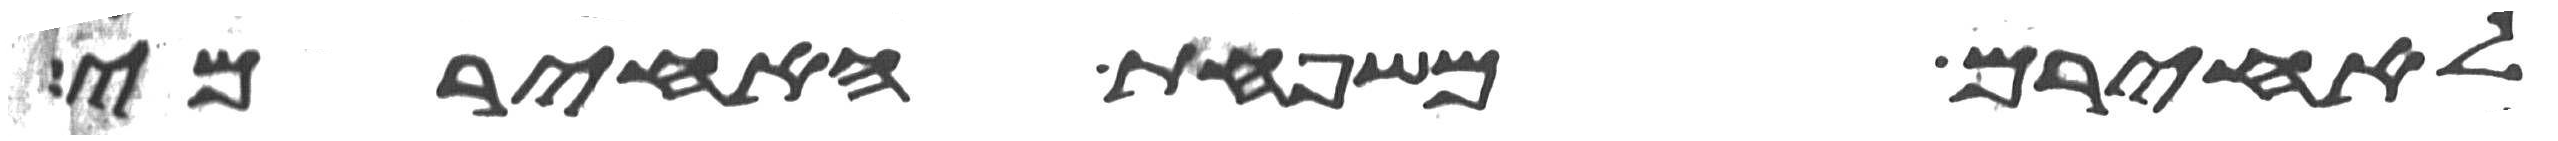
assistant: לאחירם משפחת האחירמי